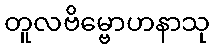
တူလဗိမ္ဗောဟနာသု